Vaccination in Burma 1920-1933 - 1920-1933
Year: 1920
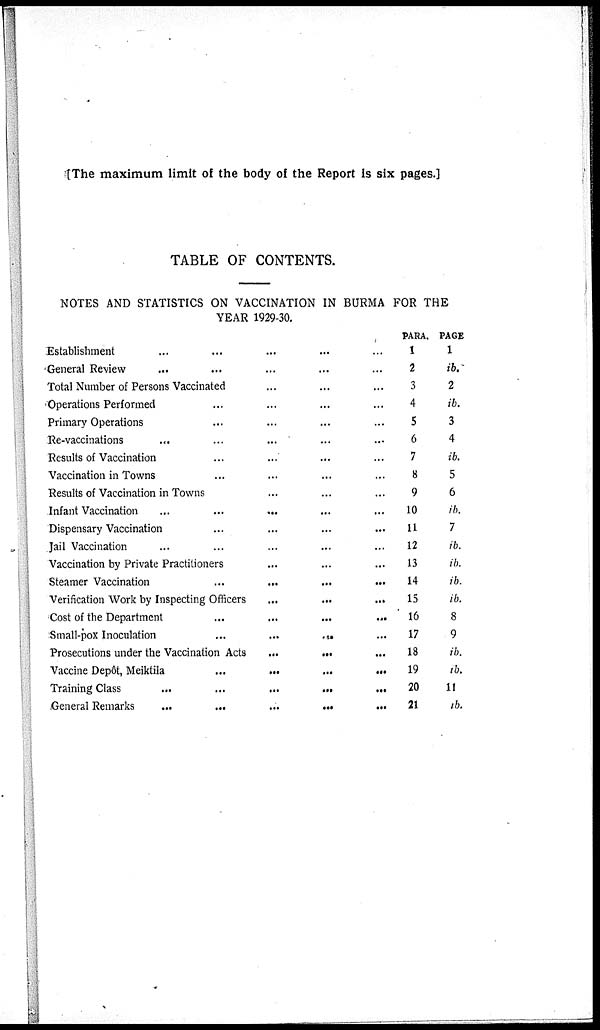
[The maximum limit of the body of the Report is six pages.]
TABLE OF CONTENTS.
NOTES AND STATISTICS ON VACCINATION IN BURMA FOR THE
YEAR 1929-30.
Establishment
...
...
...
...
...
General Review
...
...
...
...
...
Total Number of Persons Vaccinated
...
...
...
Operations Performed
...
...
...
...
Primary Operations
...
...
...
...
Re-vaccinations
...
...
...
...
...
Results of Vaccination
...
...
...
...
Vaccination in Towns
...
...
...
...
Results of Vaccination in Towns
...
...
...
Infant Vaccination
...
...
...
...
...
Dispensary Vaccination
...
...
...
...
Jail Vaccination
...
...
...
...
...
Vaccination by Private Practitioners
...
...
...
Steamer Vaccination
...
...
...
...
Verification Work by Inspecting Officers
...
...
...
Cost of the Department
...
...
...
...
Small-pox Inoculation
...
...
...
...
Prosecutions under the Vaccination Acts
...
...
...
Vaccine Depôt, Meiktila
...
...
...
...
Training Class
...
...
...
...
...
General Remarks
...
...
...
...
...
PARA.
1
2
3
4
5
6
7
8
9
10
11
12
13
14
15
16
17
18
19
20
21
PAGE
1
ib.
2
ib.
3
4
ib.
5
6
ib.
7
ib.
ib.
ib.
ib.
8
9
ib.
ib.
11
ib.